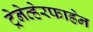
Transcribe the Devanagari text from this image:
ट्रेनेव्हेरफाह्रेन